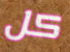
كل